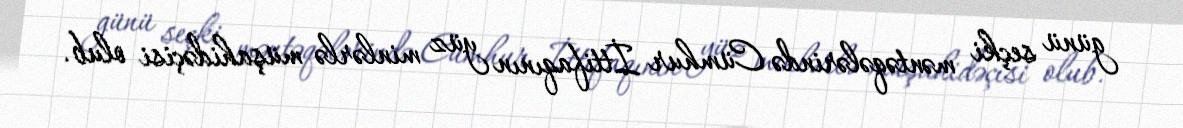
günü seçki məntəqələrində Cümhur İttifaqının yüz minlərlə müşahidəçisi olub.